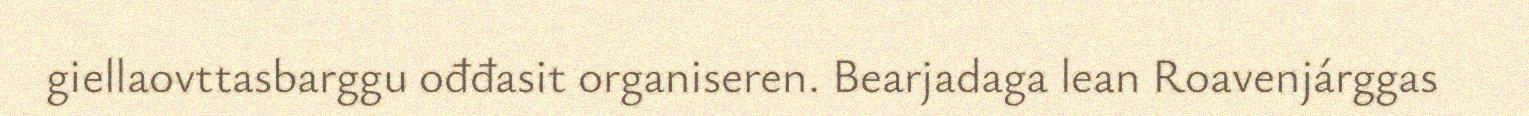
giellaovttasbarggu ođđasit organiseren. Bearjadaga lean Roavenjárggas